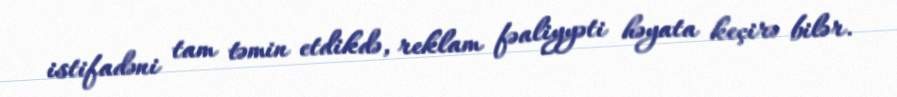
istifadəni tam təmin etdikdə, reklam fəaliyyəti həyata keçirə bilər.